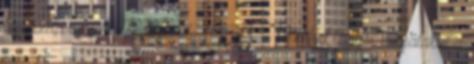
kisgazda vezető vezetésével. 1929. – Tizenhat taggal megalakul a